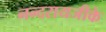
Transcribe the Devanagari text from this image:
नन्दरायजीके